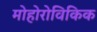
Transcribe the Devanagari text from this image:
मोहोरोविकिक